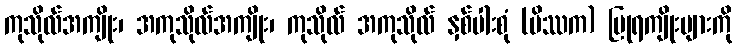
ကုသိုလ်အကျိုး၊ အကုသိုလ်အကျိုး၊ ကုသိုလ် အကုသိုလ် နှစ်ပါးစုံ (မိဿက) ပြုရကျိုးများကို